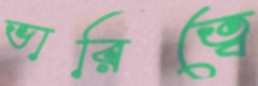
ভারিত্বে